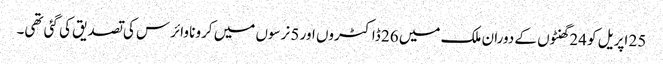
25 اپریل کو 24 گھنٹوں کے دوران ملک میں 26 ڈاکٹروں اور 5 نرسوں میں کرونا وائرس کی تصدیق کی گئی تھی۔